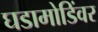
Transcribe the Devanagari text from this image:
घडामोडिंवर